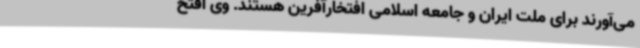
می‌آورند برای ملت ایران و جامعه اسلامی افتخارآفرین هستند. وی افتخ